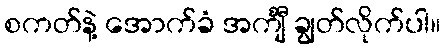
စကတ်နဲ့ အောက်ခံ အင်္ကျီ ချွတ်လိုက်ပါ။